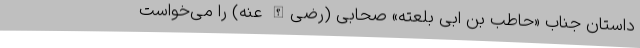
داستان جناب «حاطب بن ابی‌ بلعته» صحابی (رضی‌الله عنه) را می‌خواست